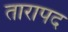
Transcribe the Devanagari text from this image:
तारापद